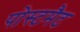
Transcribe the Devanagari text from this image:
पोस्टमैट